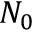
N _ { 0 }